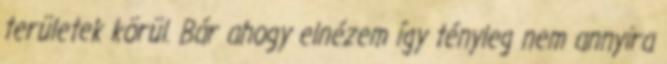
területek körül. Bár ahogy elnézem így tényleg nem annyira